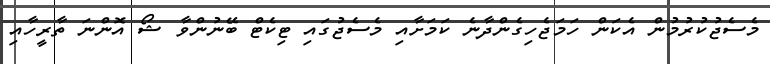
މެސެޖުކުރުމުން އެކަން ހަމަޖެހިގެންދާނެ ކަމަށާއި މެސެޖުގައި ޓިކެޓް ބޭނުންވާ ޝޯ އޮންނަ ތާރީހާއި